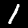
Label: 1